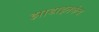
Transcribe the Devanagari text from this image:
झाडाइतकेच